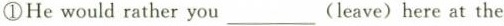
①He would rather you___(leave) here at the